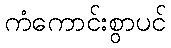
ကံကောင်းစွာပင်